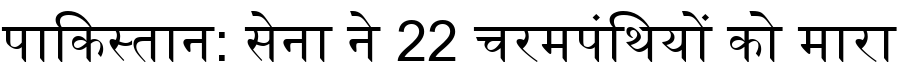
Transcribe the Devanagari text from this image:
पाकिस्तान: सेना ने 22 चरमपंथियों को मारा